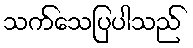
သက်သေပြပါသည်